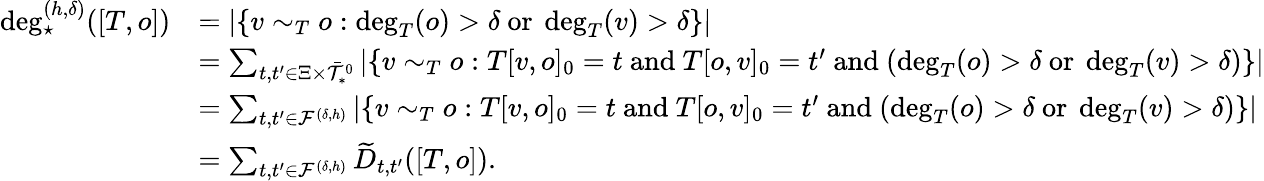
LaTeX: \begin{array}{rl}{\deg_{\star}^{(h,\delta)}([T,o])}&{=|\{ v\sim_{T}o:\deg_{T}(o)>\delta\mathrm{~or~}\deg_{T}(v)>\delta\} |}\\ &{=\sum_{t,t^{\prime}\in\Xi\times\bar{\mathcal{T}}_{*}^{0}}|\{ v\sim_{T}o:T[v,o]_{0}=t\mathrm{~and~}T[o,v]_{0}=t^{\prime}\mathrm{~and~}(\deg_{T}(o)>\delta\mathrm{~or~}\deg_{T}(v)>\delta)\} |}\\ &{=\sum_{t,t^{\prime}\in\mathcal{F}^{(\delta,h)}}|\{ v\sim_{T}o:T[v,o]_{0}=t\mathrm{~and~}T[o,v]_{0}=t^{\prime}\mathrm{~and~}(\deg_{T}(o)>\delta\mathrm{~or~}\deg_{T}(v)>\delta)\} |}\\ &{=\sum_{t,t^{\prime}\in\mathcal{F}^{(\delta,h)}}\widetilde{D}_{t,t^{\prime}}([T,o]).}\end{array}